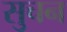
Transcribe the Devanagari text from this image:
सुचन